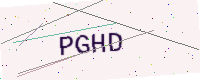
Text: PGHD